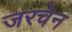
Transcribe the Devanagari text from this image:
जरचेन